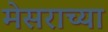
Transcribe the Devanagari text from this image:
मेसराच्या